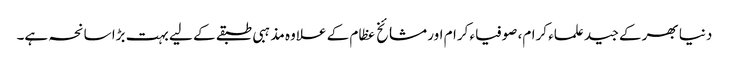
دنیا بھر کے جید علماء کرام، صوفیاء کرام اور مشائخ عظام کے علاوہ مذہبی طبقے کے لیے بہت بڑا سانحہ ہے۔